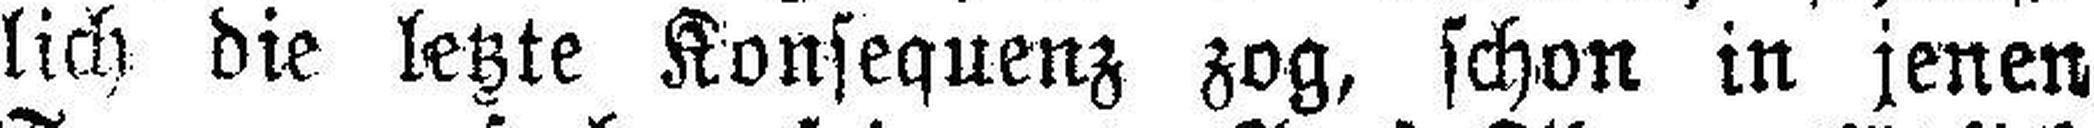
lich die letzte Konsequenz zog, schon in jenen